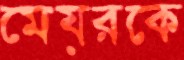
মেয়রকে